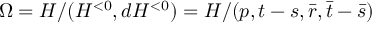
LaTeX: \Omega = H / ( H ^ { < 0 } , d H ^ { < 0 } ) = H / ( p , t - s , \bar { r } , \bar { t } - \bar { s } )